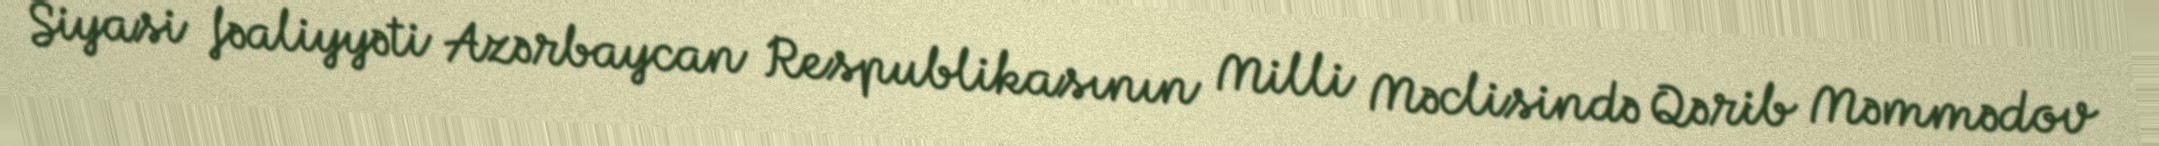
Siyasi fəaliyyəti Azərbaycan Respublikasının Milli Məclisində Qərib Məmmədov